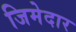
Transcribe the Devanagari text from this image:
जिमेदार